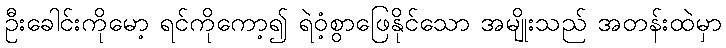
ဦးခေါင်းကိုမော့ ရင်ကိုကော့၍ ရဲဝံ့စွာဖြေနိုင်သော အမျိုးသည် အတန်းထဲမှာ